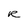
Character: R